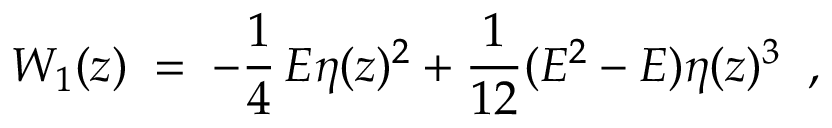
W _ { 1 } ( z ) \; = \; - \frac { 1 } { 4 } \, E \eta ( z ) ^ { 2 } + \frac { 1 } { 1 2 } ( E ^ { 2 } - E ) \eta ( z ) ^ { 3 } \; \; ,